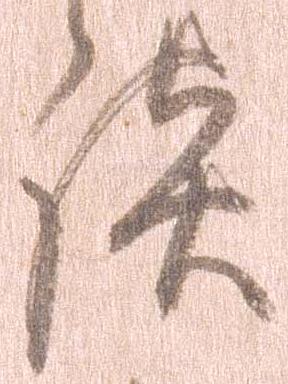
談